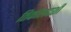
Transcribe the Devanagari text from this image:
तिर्कालदर्शी